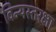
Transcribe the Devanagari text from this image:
विन्यस्तरक्षा